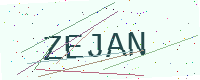
Text: ZEJAN